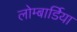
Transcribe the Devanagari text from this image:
लोम्बार्डिया